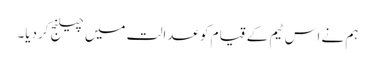
ہم نے اس ٹیم کے قیام کو عدالت میں چیلنج کردیا۔